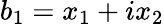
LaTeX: b_{1}=x_{1}+ix_{2}